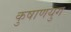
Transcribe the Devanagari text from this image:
कुषाणयुग